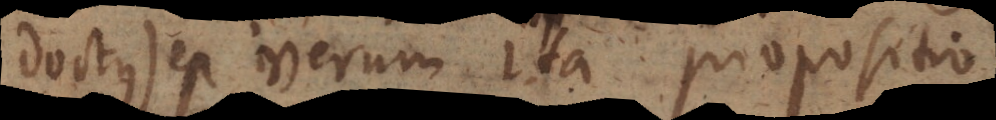
doctus) est verum. Ita propositi